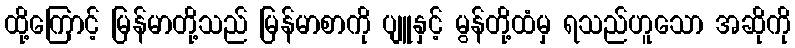
ထို့ကြောင့် မြန်မာတို့သည် မြန်မာစာကို ပျူနှင့် မွန်တို့ထံမှ ရသည်ဟူသော အဆိုကို